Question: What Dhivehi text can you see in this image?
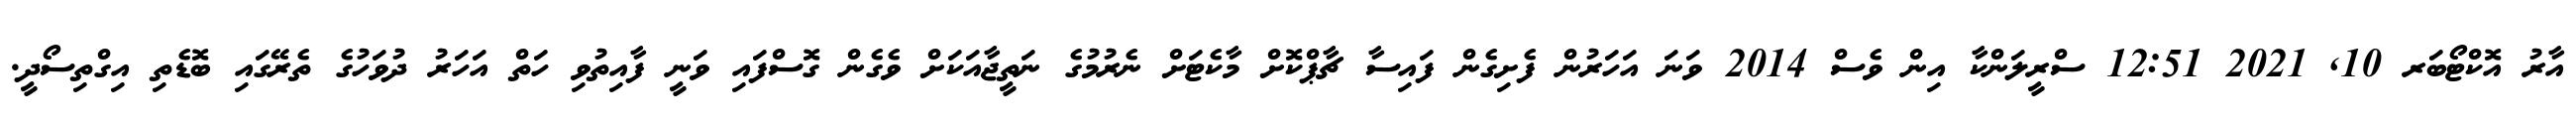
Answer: އާރު އޮކްޓޯބަރ 10, 2021 12:51 ސްރީލަންކާ އިން ވެސް 2014 ވަނަ އަހަރުން ފެށިގެން ފައިސާ ޗާޕްކޮށް މާކެޓަށް ނެރުމުގެ ނަތީޖާއަކަށް ވެގެން ގޮސްފައި ވަނީ ފާއިތުވި ހަތް އަހަރު ދުވަހުގެ ތެރޭގައި ބޮޑެތި އިގްތިސޯދީ.